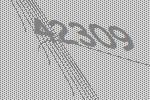
42309